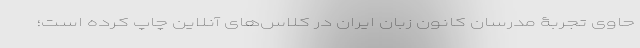
حاوی تجربۀ مدرسان کانون زبان ایران در کلاس‌های آنلاین چاپ کرده است؛